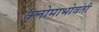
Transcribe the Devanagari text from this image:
क्लोमाभोवती